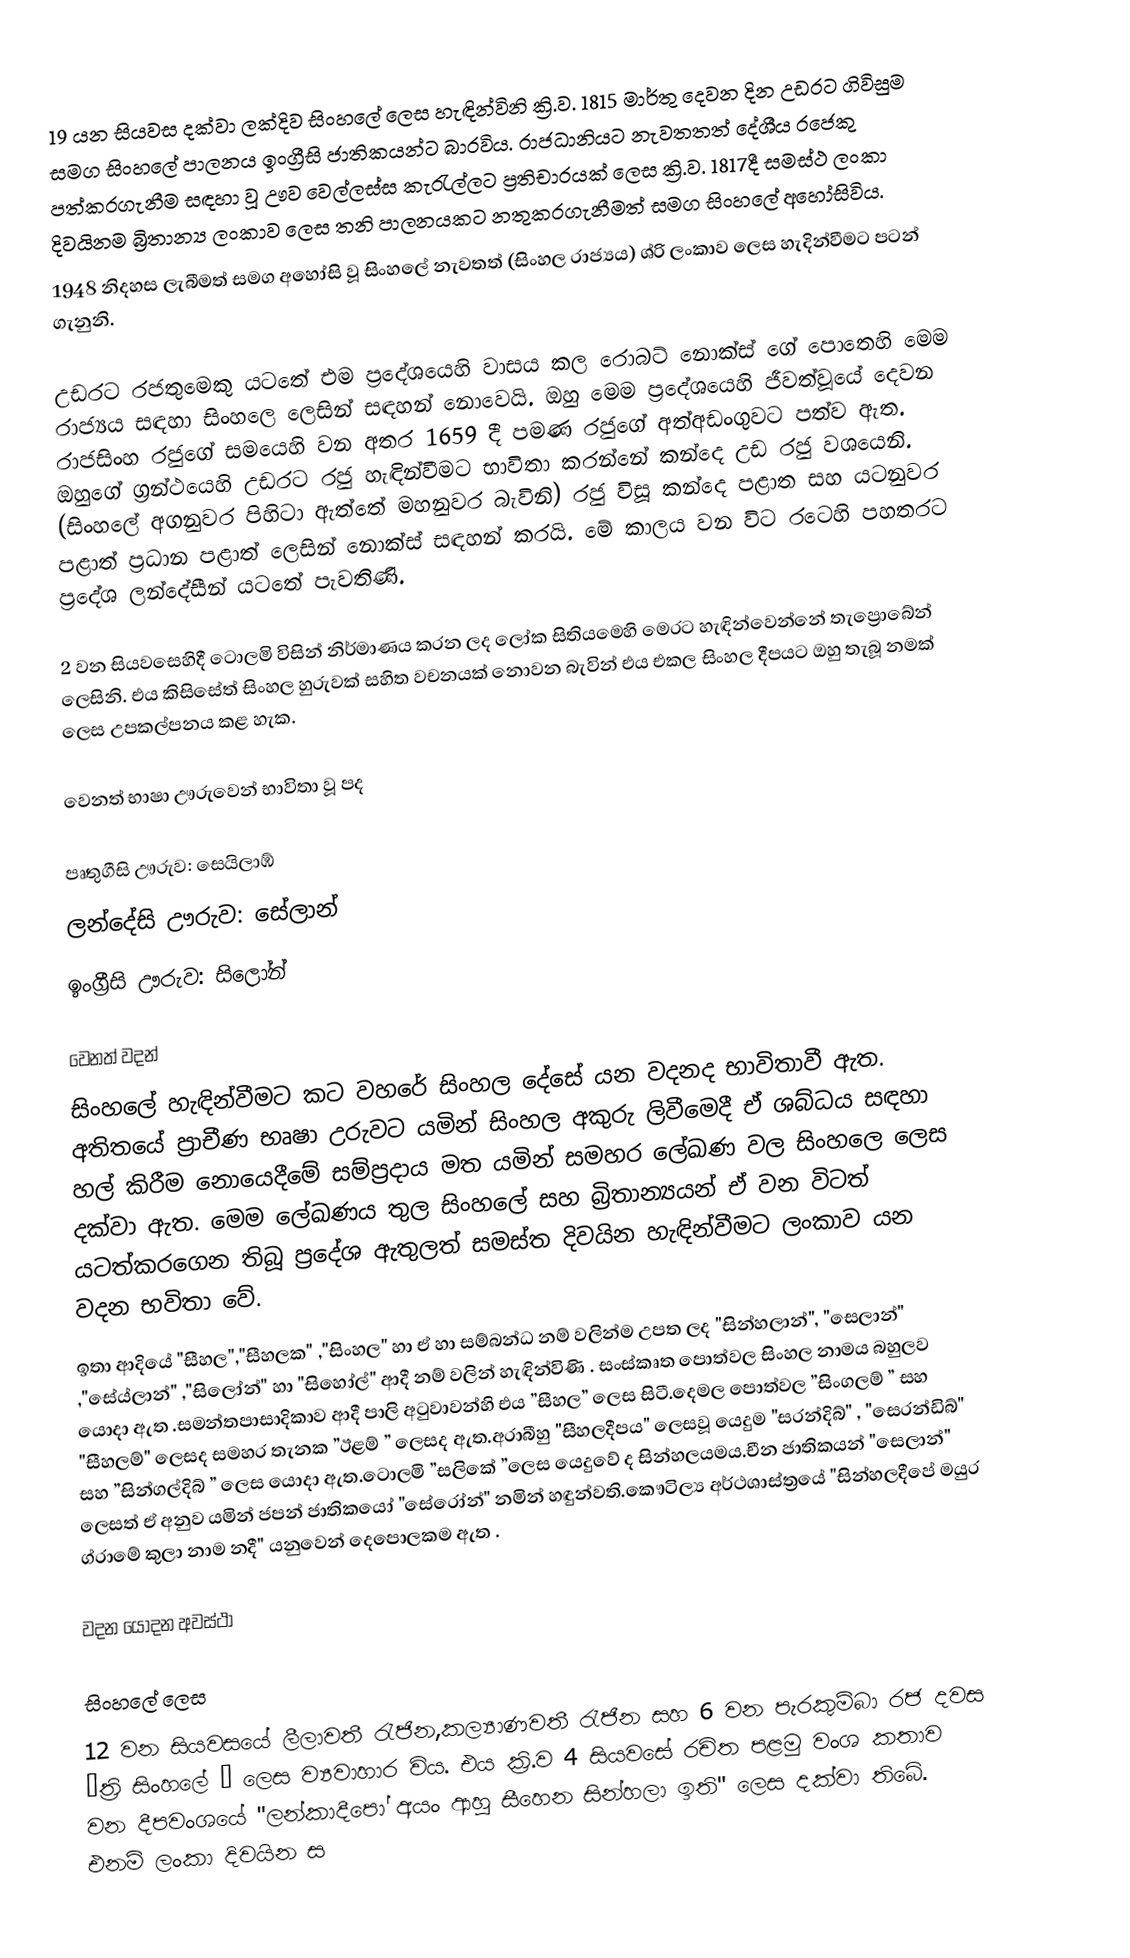
19 යන සියවස දක්වා ලක්දිව සිංහලේ ලෙස හැඳින්විනි  ක්‍රි.ව. 1815 මාර්තු දෙවන දින උඩරට ගිවිසුම සමග සිංහලේ පාලනය ඉංග්‍රීසි ජාතිකයන්ට බාරවිය. රාජධානියට නැවතතත් දේශීය රජෙකු පත්කරගැනීම සඳහා වූ ඌව වෙල්ලස්ස කැරැල්ලට ප්‍රතිචාරයක් ලෙස ක්‍රි.ව. 1817දී  සමස්ථ ලංකා දිවයිනම බ්‍රිතාන්‍ය ලංකාව ලෙස තනි පාලනයකට නතුකරගැනීමත් සමග  සිංහලේ අහෝසිවිය.
1948 නිදහස ලැබීමත් සමග අහෝසි වූ සිංහලේ නැවතත් (සිංහල රාජ්‍යය‍) ශ්රි ලංකාව ලෙස හැදින්වීමට පටන් ගැනුනි.

උඩරට රජතුමෙකු යටතේ එම ප්‍රදේශයෙහි වාසය කල රොබට් නොක්ස් ගේ පොතෙහි මෙම රාජ්‍යය සඳහා සිංහලෙ ලෙසින් සඳහන් නොවෙයි. ඔහු මෙම ප්‍රදේශයෙහි ජීවත්වූයේ දෙවන රාජසිංහ රජුගේ සමයෙහි වන අතර 1659 දී පමණ රජුගේ අත්අඩංගුවට පත්ව ඇත. ඔහුගේ ග්‍රන්ථයෙහි උඩරට රජු හැඳින්වීමට භාවිතා කරන්නේ කන්දෙ උඩ රජු වශයෙනි. (සිංහලේ අගනුවර පිහිටා ඇත්තේ මහනුවර බැවිනි) රජු විසූ කන්දෙ පළාත සහ යටනුවර පළාත් ප්‍රධාන පළාත් ලෙසින් නොක්ස් සඳහන් කරයි. මේ කාලය වන විට රටෙහි පහතරට ප්‍රදේශ ලන්දේසීන් යටතේ පැවතිණි.

2 වන සියවසෙහිදී ටොලමි විසින් නිර්මාණය කරන ලද ලෝක සිතියමෙහි  මෙරට හැඳින්වෙන්නේ තැප්‍රොබේන් ලෙසිනි. එය කිසිසේත් සිංහල හුරුවක් සහිත වචනයක් නොවන බැවින් එය එකල සිංහල දීපයට ඔහු තැබූ නමක් ලෙස උපකල්පනය කළ හැක.

වෙනත් භාෂා ඌරුවෙන් භාවිතා වූ පද

 පෘතුගීසි ඌරුව: සෙයිලාඹ්
 ලන්දේසි ඌරුව: සේලාන්
 ඉංග්‍රීසි ඌරුව: සිලෝන්

වෙනත් වදන්
සිංහලේ හැඳින්වීමට කට වහරේ සිංහල දේසේ යන වදනද භාවිතාවී ඇත. අතිතයේ ප්‍රාචීණ භෘෂා උරුවට යමින් සිංහල අකුරු ලිවීමෙදී ඒ ශබ්ධය සඳහා හල් කිරීම නොයෙදීමේ සම්ප්‍රදාය මත යමින් සමහර ලේඛණ වල සිංහලෙ ලෙස දක්වා ඇත. මෙම ලේඛණය තුල සිංහලේ සහ බ්‍රිතාන්‍යයන් ඒ වන විටත් යටත්කරගෙන තිබූ ප්‍රදේශ ඇතුලත් සමස්ත දිවයින හැඳින්වීමට ලංකාව යන වදන භවිතා වේ.
ඉතා ආදියේ "සීහල","සීහලක" ,"සිංහල" හා ඒ හා සම්බන්ධ නම් වලින්ම උපත ලද "සින්හලාන්", "සෙලාන්" ,"සේය්ලාන්" ,"සිලෝන්" හා "සිහෝල්" ආදී නම් වලින් හැඳින්විණි . සංස්කෘත පොත්වල සිංහල නාමය බහුලව යොදා ඇත .සමන්තපාසාදිකාව ආදී පාලි අටුවාවන්හි එය ”සීහල” ලෙස සිටී.දෙමල පොත්වල ”සිංගලම් ” සහ "සීහලම්" ලෙසද සමහර තැනක  ”ඊළම් ” ලෙසද ඇත.අරාබීහු "සීහලදීපය" ලෙසවූ යෙදුම "සරන්දිබ්" , "සෙරන්ඩිබ්" සහ ”සින්ගල්දිබ් ” ලෙස යොදා ඇත.ටොලමි ”සලිකේ ”ලෙස යෙදුවේ ද සින්හලයමය.චීන ජාතිකයන් "සෙලාන්" ලෙසත් ඒ අනුව යමින් ජපන් ජාතිකයෝ "සේරෝන්" නමින් හඳුන්වති.කෞටිල්‍ය අර්ථශාස්ත්‍රයේ "සින්හලදීපේ මයුර ග්රාමේ කුලා නාම නදී" යනුවෙන් දෙපොලකම ඇත .

වදන යොදන අවස්ථා

සිංහලේ ලෙස
12 වන සියවසයේ ලීලාවතී රැජින,කල්‍යාණවතී රැජින සහ  6 වන පැරකුම්බා රජ දවස ”ත්‍රි සිංහලේ ” ලෙස ව්‍යවාහාර විය. එය ක්‍රි.ව 4 සියවසේ රචිත පළමු වංශ කතාව වන දීපවංශයේ  "ලන්කාදීපෝ අයං ආහු සීහෙන සින්හලා ඉති" ලෙස දක්වා තිබේ. එනම් ලංකා දිවයින ස